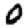
Digit: 0